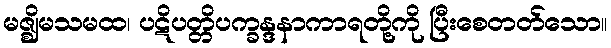
မဇ္ဈိမသမထ၊ ပဋိပတ္တိပက္ခန္ဒနာကာရတို့ကို ပြီးစေတတ်သော။